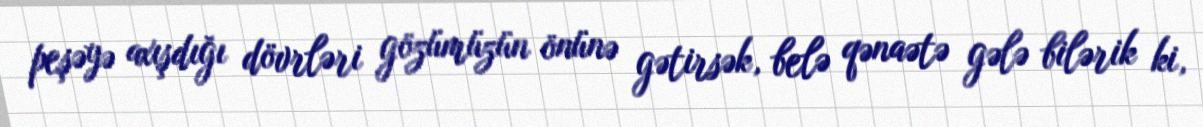
peşəyə axışdığı dövrləri gözümüzün önünə gətirsək, belə qənaətə gələ bilərik ki,